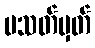
မသတ်မှတ်